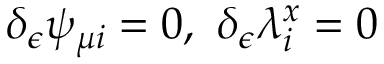
\delta _ { \epsilon } \psi _ { \mu i } = 0 , \ \delta _ { \epsilon } \lambda _ { i } ^ { x } = 0